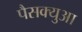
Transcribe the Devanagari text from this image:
पैसक्युआ